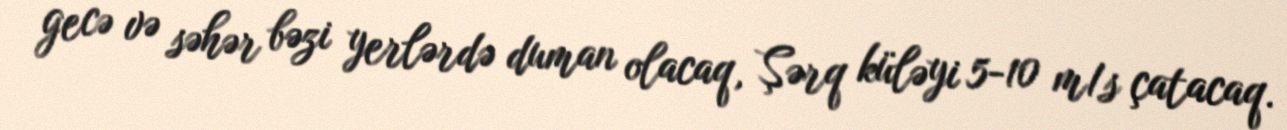
gecə və səhər bəzi yerlərdə duman olacaq, Şərq küləyi 5-10 m/s çatacaq.